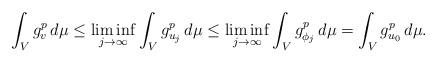
\begin{align*} \int_V g_{v}^p \, d\mu \le \liminf _{j\to \infty }\int_V g_{u_j}^p \,d\mu \le \liminf _{j\to \infty }\int_V g_{\phi_j}^p \,d\mu = \int_V g_{u_0}^p \,d\mu.\end{align*}